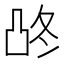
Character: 𰄓